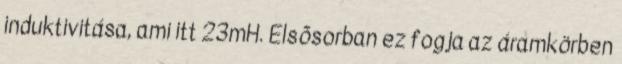
induktivitása, ami itt 23mH. Elsõsorban ez fogja az áramkörben